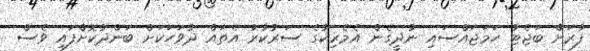
ފާރަށް ބަޖެޓު ހަމަޖައްސައި ނުދީގެން އެމެރިކާގެ ސަރުކާރު އެތައް ދުވަހަކަށް ބަންދުކޮށްފައި ވެސް